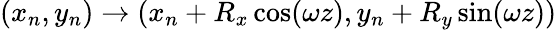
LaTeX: (x_{n},y_{n})\rightarrow(x_{n}+R_{x}\cos(\omega z),y_{n}+R_{y}\sin(\omega z))